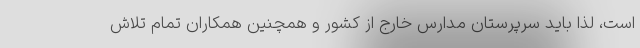
است، لذا باید سرپرستان مدارس خارج از کشور و همچنین همکاران تمام تلاش